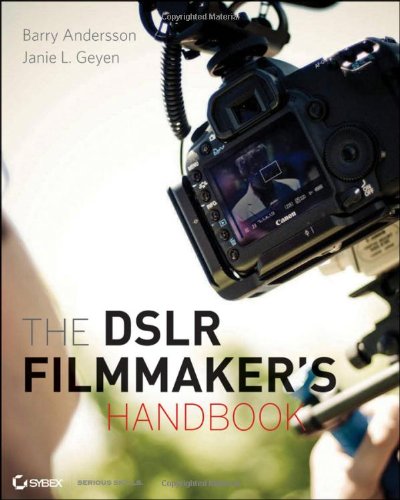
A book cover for The DSLR Filmmaker's Handbook: Real-World Production Techniques; Barry Andersson; Arts & Photography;